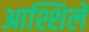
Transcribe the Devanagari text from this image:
आश्शिले